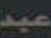
عبد